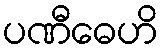
ပဏီဓေဟိ